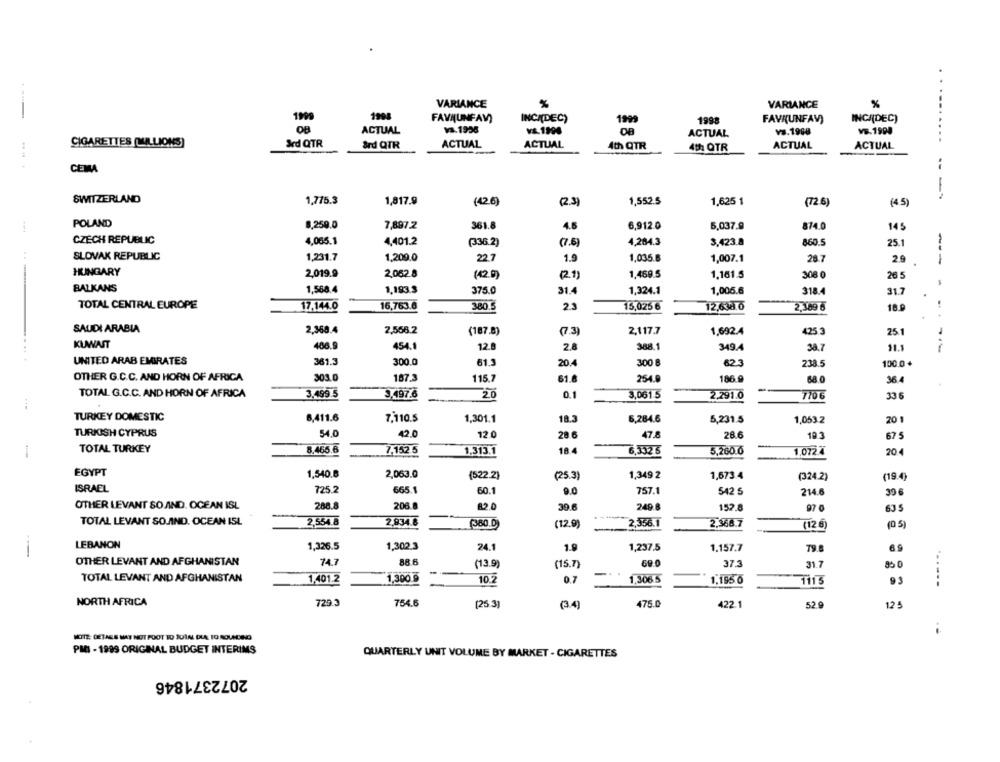
VARIANCE
%
VARIANCE
%
1994
--.
FAVNUNFAV)
INCIDEC)
1999
1998
FAVI(UNFAV)
INCI(DEC)
OB
ACTUAL
Vs.1958
vs.1998
VS.1998
VE. 1990
ACTUAL
CIGARETTES (ULLIONS)
&cd QTR
&rd QTR
ACTUAL
ACTUAL
4th QTR
ACTUAL
ACTUAL
..
4th OTR
CEMA
SWITZERLAND
1,775.3
1,817.9
(426)
(2.3)
1,552.5
1,625 1
(72 6)
(45)
POLAND
8,259.0
7,897.2
361.8
4.6
6,912 0
5,037.9
874.0
14 5
CZECH REPUBLIC
4,065.1
4,401.2
(336.2)
(7.5)
4,284.3
3,423.8
860.5
25.1
SLOVAK REPUBLIC
1,231.7
1,209.0
22.7
1.5
1.035.8
1,007.1
28.7
29
---
HUNGARY
2,019.9
2,062.8
1,469.5
1.161.5
308 0
(21)
26 5
BALKANS
1,568.4
1,193.3
1,324.1
1,005.6
375.0
31.4
318.4
31.7
TOTAL CENTRAL EUROPE
16,763.6
380.5
15,025 6
12,638.0
2,369 6
17,144.0
2.3
18.9
SAUDI ARABIA
2,368.4
2,556.2
(187.8)
(7.3)
2,117.7
1,692.4
425 3
25.1
KUWAIT
466.9
454.1
12.8
2.8
388.1
349.4
38.7
11.1
UNITED ARAB EMIRATES
361.3
300.0
61.3
20.4
300 8
62.3
238.5
100.0+
OTHER G.C.C. AND HORN OF AFRICA
303.0
187.3
115.7
61.8
254.0
186.9
68.0
36.4
TOTAL G.C.C. AND HORN OF AFRICA
3,4995
3,497.8
20
0.1
3,061.5
2.291.0
770 6
33 6
TURKEY DOMESTIC
6,411.6
7,110.5
1,301.1
18.3
6,284.6
5,231.5
1,053.2
20 1
TURKISH CYPRUS
54.0
42.0
12.0
28.6
47.8
28.6
193
67 5
TOTAL TURKEY
8.465.6
7,152 6
18.4
1,313.1
6,332 6
5,260.0
1.072X
20.4
EGYPT
2,063.0
1,540.8
(522.2)
(25.3)
1,349 2
1,673.4
(324.2)
(19.4)
ISRAEL
725.2
665.1
60.1
9.0
757.1
542 5
214.6
39 6
OTHER LEVANT SO.AND. OCEAN ISL
288.8
206.8
2.0
39.6
249.8
152.8
97 0
635
TOTAL LEVANT SOJAIND. OCEAN ISL
2,554 8
2.934.8
(360.5
(12.9)
2,356.1
2.366.7
(12 6
(0 5)
LEBANON
1,326.5
1,302.3
24.1
1.9
1,237.5
1.157.7
79.8
69
OTHER LEVANT AND AFGHANISTAN
74.7
88.6
(13.9)
(15.7)
69.0
37.3
31.7
85 0
TOTAL LEVANT AND AFGHANISTAN
1,401.2
1,300 g
10.2
0.7
1,306 5
1.155 0
93
NORTH AFRICA
729.3
754.6
(25.3)
(34)
475.0
422.1
52.9
12 5
NOTE: GETASS MAY NOT FOOT TO JOIN DLA TO ROUNDING
PMI - 1999 ORIGINAL BUDGET INTERIMS
QUARTERLY UNIT VOLUME BY MARKET - CIGARETTES
2072371846